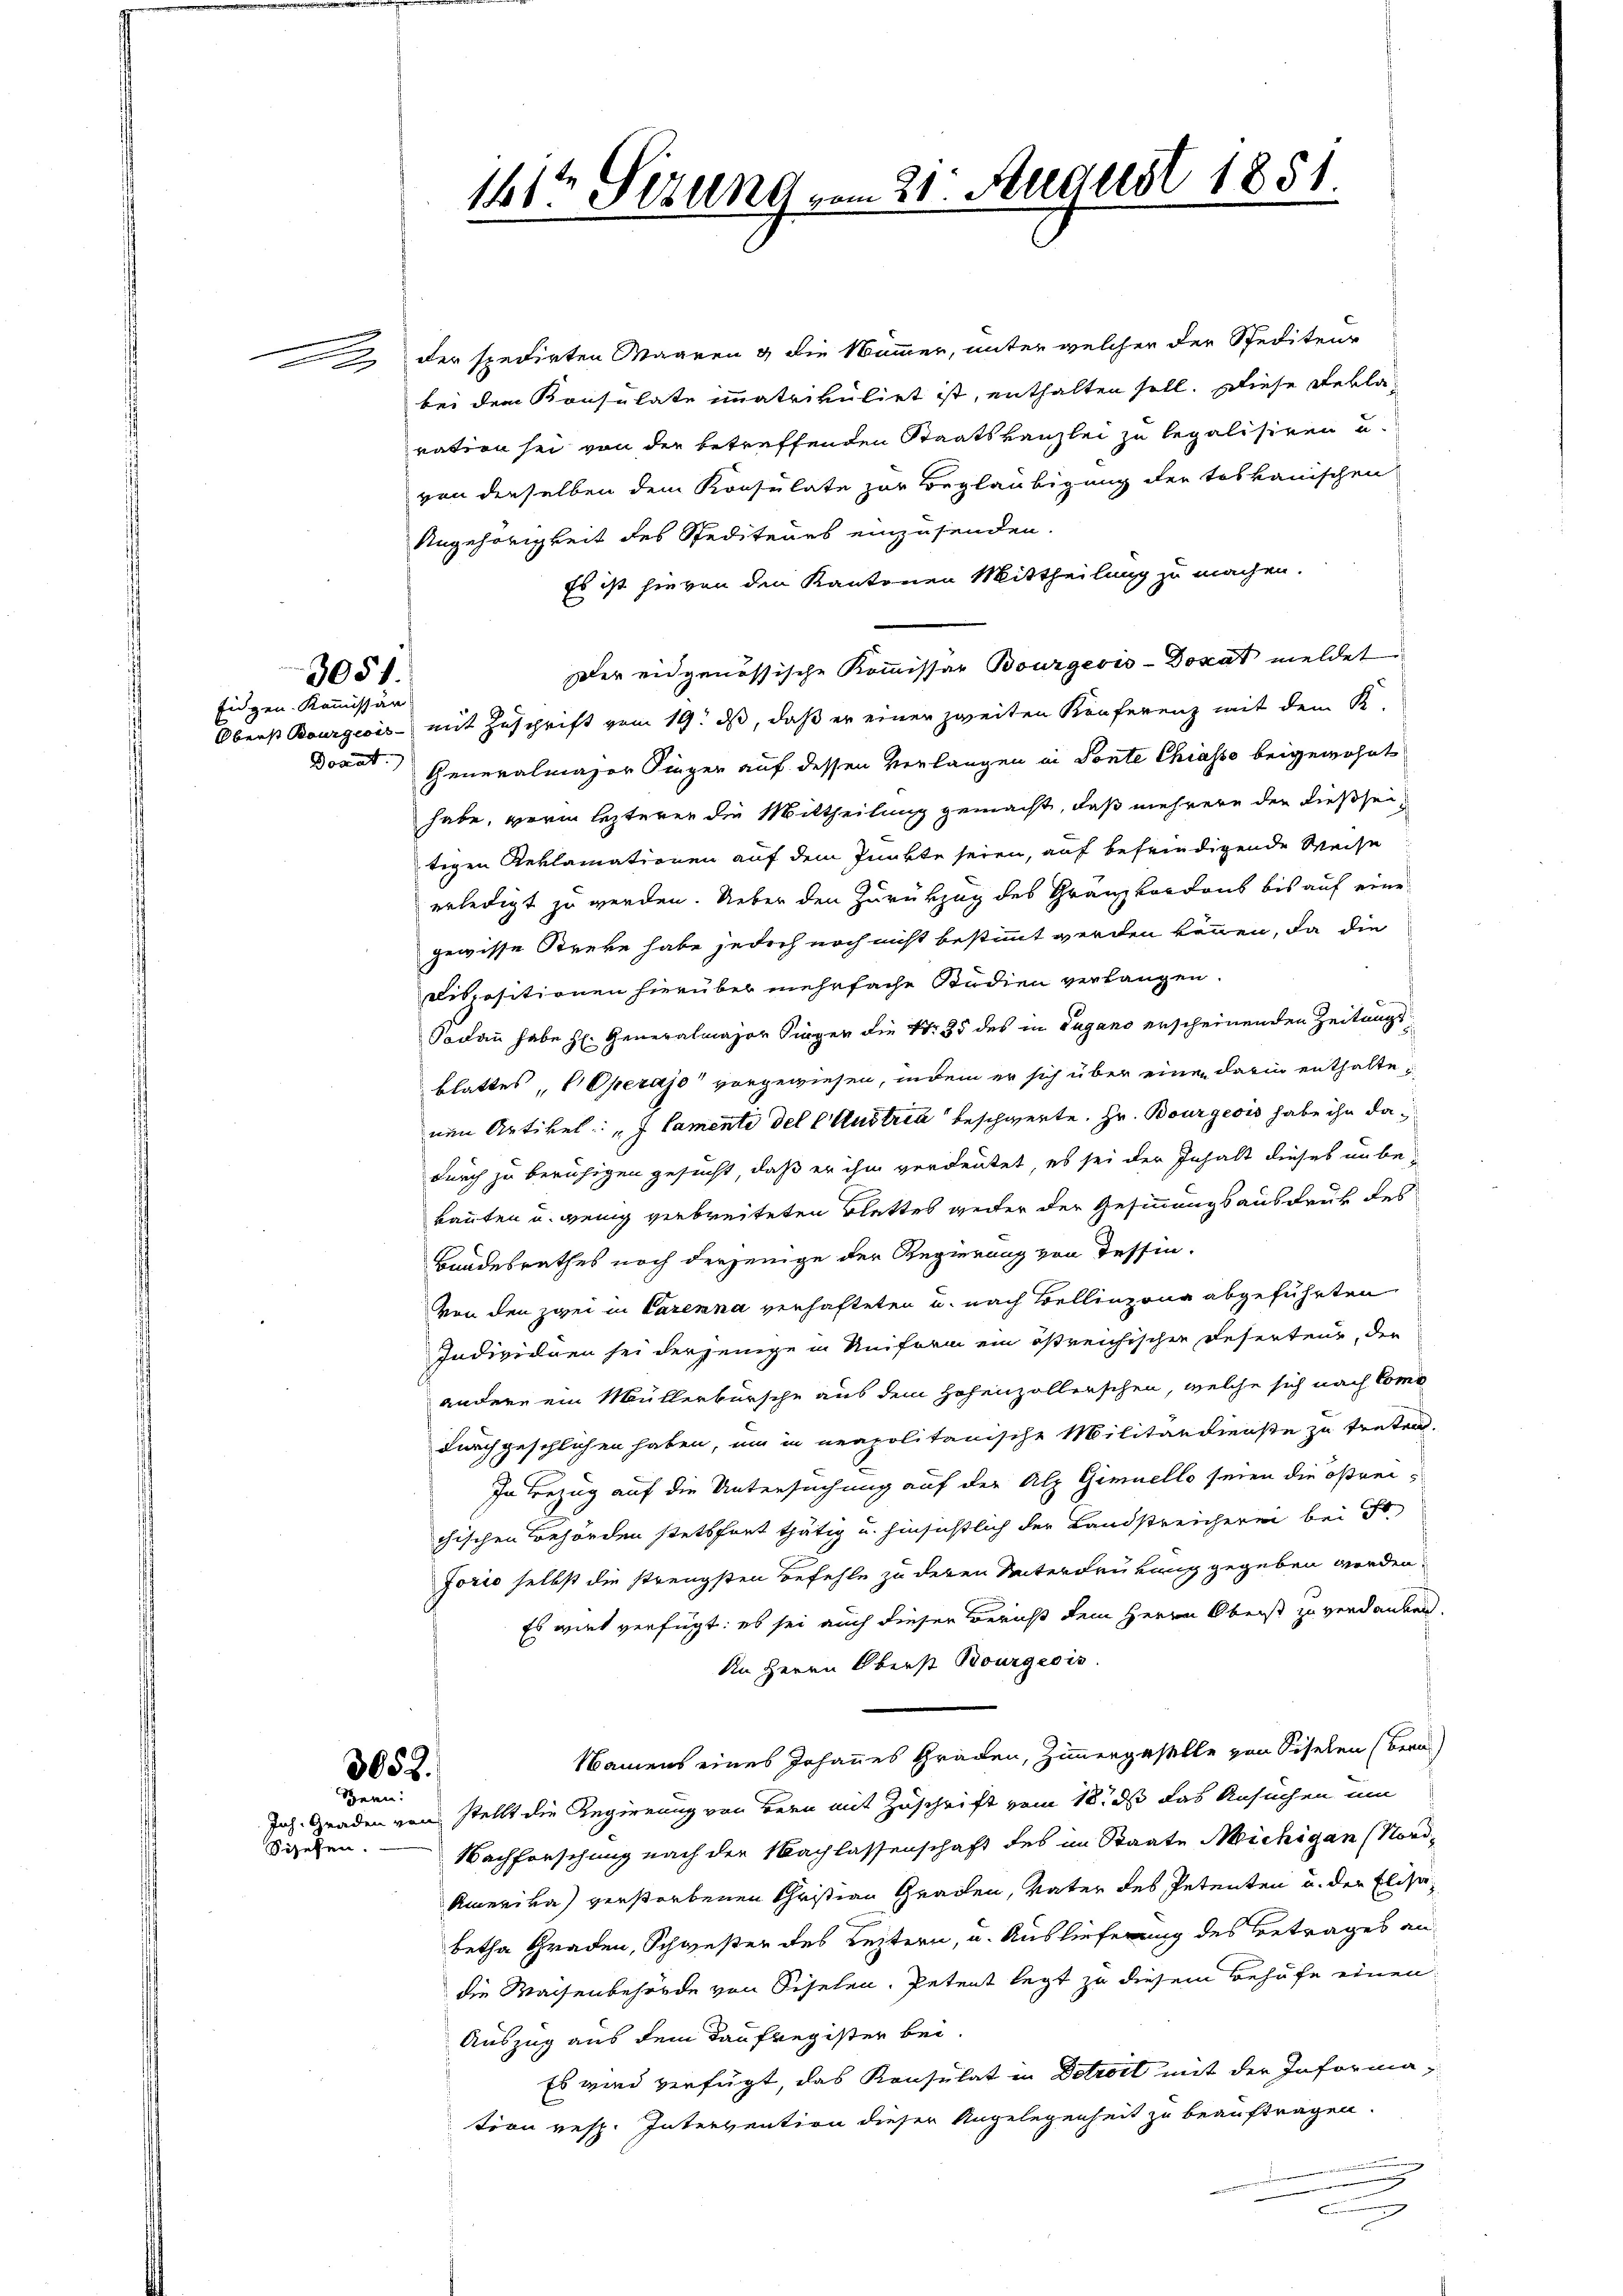
3051.

Eidgen. Kommissär
Donat

der spedirten Maaren & die Mämmer, unter welcher der Spediteur
bei dem Konsulate immatrikulirt ist, enthalten soll. Diese Reklaration sei von der betreffenden Staatskanzlei zu legalisiren u.
von derselben dem Konsulate zur Beglaubigung der toskanischen
Angehörigkeit des Spediteurs einzusenden.
Es ist hievon den Kantonen Mittheilung zu machen.
Der eidgenössische Kommissar Bourgeois-Dokat meldet.
Oberst Bourgeois - mit Zuschrift vom 19. ds, daß er einer zweiten Konferenz mit dem K.
Generalmajor Finger auf dessen Verlangen in Fonte Chiasso beigewohnt
habe, worin lezterer die Mittheilung gemacht, daß mehrere der dießsei
tigen Reklamationen auf dem Punkte seien, auf befriedigende Weise
erledigt zu werden. Ueber den Zurükzug des Gränzkantons bis auf eine
gewisse Streke habe jedoch noch nicht bestimmt werden können, da die
elispositionen hierüber mehrfache Studien verlangen.
Sodann habe H: Generalmajor Kürzer die Nr. 35 des in Lugano erscheinenden Zeitungsblattes, Operajo vorgewiesen, indem er sich über einen darin enthaltenen Artikel: "J Samente del Austria beschwerte. Hr. Bourgeois habe ihn dadurch zu beruhigen gesucht, daß er ihm verdeutet, es sei der Inhalt dieses unbekannten u. wenig verbreiteten Blattes weiter der Gesinnungs ausdruk des
Bandesrathes noch derjenige der Regierung von Tessin.
von den zwei in Carenna verhafteten u. nach Bellinzona abgeführten
Individuen sei derjenige in Uniform ein östreichischen Deserteur, der
andere ein Müllerbursche aus dem Hohenzollenschen, welche sich nach Como
durchgeschlichen haben, um in neapolitanische Militärdienste zu treten.
In Bezug auf die Untersuchung auf der Alp Gimuello seien die östreichischen Behörden stetsfort thätig u. hinsichtlich der Landstreicherei bei St.
Jorio selbst die strengsten Befehle zu deren Unterdrukung gegeben werden.
Es wird verfügt: es sei auch dieser Bericht dem Herrn Oberst zu verdanken.
An Herrn Oberst Bourgeois.
Namens eines Johannes Graden, Zimmergestelle von Siselen (Bern
3052.
Sern:
Joh. Gnaden von stellt die Regierung von Bern mit Zuschrift vom 18. ds das Ansuchen um
Siehen. — Nachforschung nach der Nachlassenschaft des im Staate Michigan (Nord-
Amerika) verstorbenen Christian Graden, Vater des Petenten u. der Elisabetha Graden, Schwester des Leitern, u. Auslieferung des Betrages an
die Waisenbehörde von Siselen, Petent legt zu diesem Behufe einen
Auszug aus dem Taufregister bei.
Es wird verfügt, das Konsulat in Detrost mit der Informa-
tion resp. Intervention dieser Angelegenheit zu beauftragen.

11ten Sitzung vom 21. August 1851.